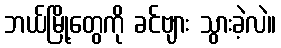
ဘယ်မြို့တွေကို ခင်ဗျား သွားခဲ့လဲ။